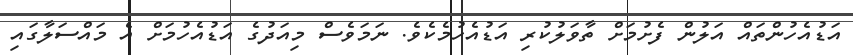
އަޑުއެހުންތައް އަލުން ފެށުމަށް ތާވަލުކުރި އަޑުއެހުމެކެވެ. ނަމަވެސް މިއަދުގެ އަޑުއެހުމަށް އެ މައްސަލާގައި